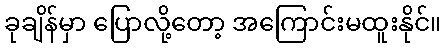
ခုချိန်မှာ ပြောလို့တော့ အကြောင်းမထူးနိုင်။